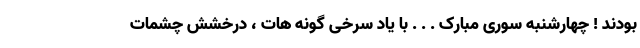
بودند ! چهارشنبه سوری مبارک . . . با یاد سرخی گونه هات ، درخشش چشمات